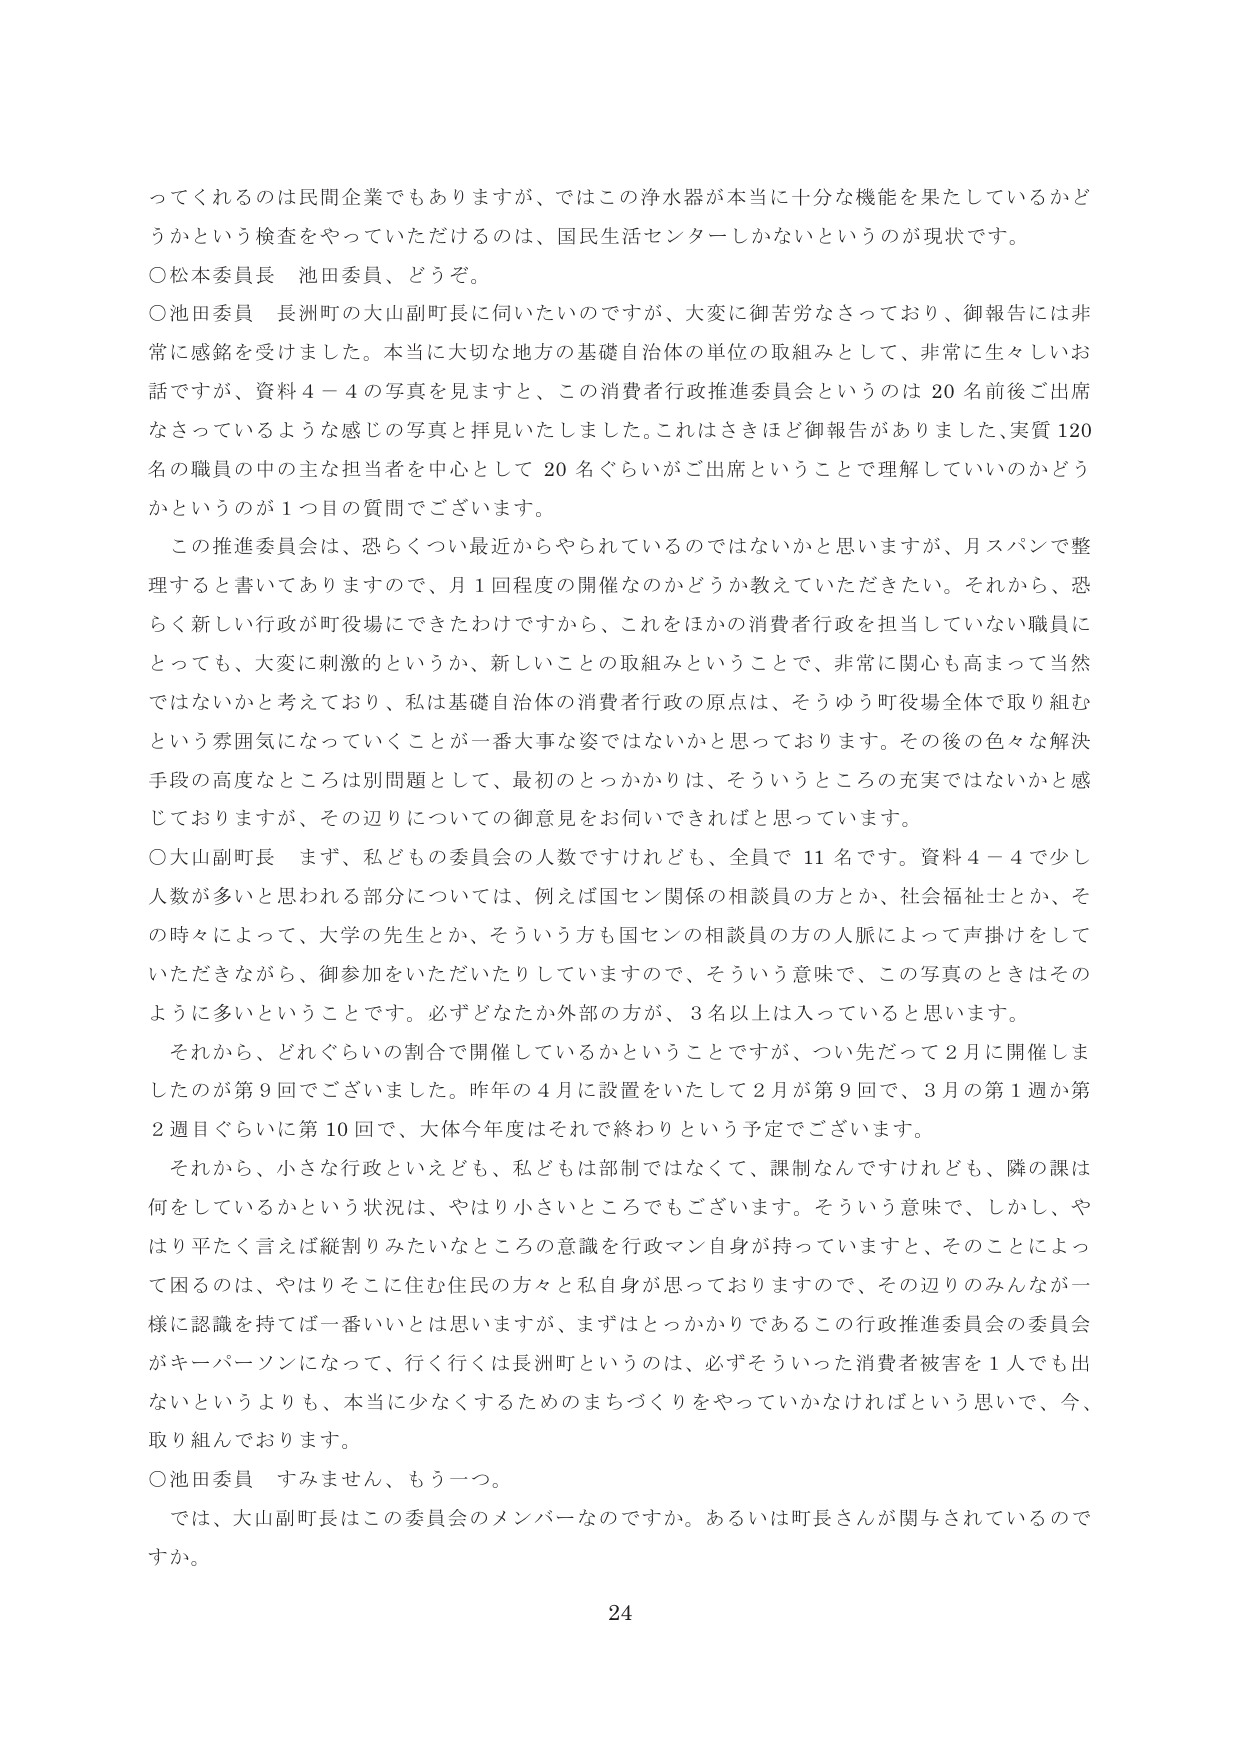
ってくるのは民間企業でもありますが、ではこの浄水器が本当に十分な機能を果たしているかどうかという検査をやっていただけるのは、国民生活センターしかないというのが現状です。

○松本委員長 池田委員、どうぞ。

○池田委員 長洲町の大山副町長に伺いたいのですが、大変に御苦労なさっており、御報告には非常に感銘を受けました。本当に大切な地方の基礎自治体の単位の取組みとして、非常に生々しいお話ですが、資料４－４の写真を見ますと、この消費者行政推進委員会というのは20名前後ご出席なさっているような感じの写真と拝見いたしました。これはさきほど御報告がありました、実質120名の職員の中の主な担当者を中心として20名ぐらいがご出席ということで理解していいのかどうかというのが1つ目の質問でございます。

この推進委員会は、恐らくつい最近からやられているのではないかなと思いますが、月スパンで整理すると書いてありますので、月1回程度の開催なのかどうか教えていただきたい。それから、恐らく新しい行政が町役場にできたわけですから、これをほかの消費者行政を担当していない職員にとっても、大変に刺激的というか、新しいことの取組みということで、非常に関心も高まって当然ではないかと考えており、私は基礎自治体の消費者行政の原点は、そうゆう町役場全体で取り組むという雰囲気になっていくことが一番大事な姿ではないかと思っております。その後の色々な解決手段の高度なところは別問題として、最初のとっかかりは、そういうところの充実ではないかと感じておりますが、その辺りについての御意見をお伺いできればと思っています。

○大山副町長 まず、私どもの委員会の人数ですけれども、全員で11名です。資料４－４で少し人数が多いと思われる部分については、例えば国セン関係の相談員の方とか、社会福祉士とか、その時々によって、大学の先生とか、そういう方も国センの相談員の方の人脈によって声掛けをしていただきながら、御参加をいただいたりしていますので、そういう意味で、この写真のときはそのように多いということです。必ずどなたか外部の方が、3名以上は入っていると思います。

それから、どれぐらいの割合で開催しているかということですが、つい先だって2月に開催しましたのが第9回でございました。昨年の4月に設置をいたして2月が第9回で、3月の第1週か第2週目ぐらいに第10回で、大体今年度はそれで終わりという予定でございます。

それから、小さな行政といえども、私どもは部制ではなくて、課制なんですけれども、隣の課は何をしているかという状況は、やはり小さいところでもございます。そういう意味で、しかし、やはり平たく言えば縦割りみたいなところの意識を行政マン自身が持っていますと、そのことによって困るのは、やはりそこに住む住民の方々と私自身が思っておりますので、その辺りのみんなが一緒に認識を持てば一番いいとは思いますが、まずはとっかかりであるこの行政推進委員会の委員会がキーパーソンになって、行く行くは長洲町というのは、必ずそういった消費者被害を1人でも出ないというよりも、本当に少なくするためのまちづくりをやっていかなければという思いで、今、取り組んでおります。

○池田委員 すみません、もう一つ。

では、大山副町長はこの委員会のメンバーなのですか。あるいは町長さんが関与されているのですか。

24